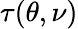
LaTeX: \tau(\theta,\nu)